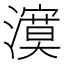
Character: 𭳉